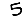
Digit: 5